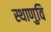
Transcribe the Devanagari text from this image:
स्थाणुवि